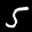
Label: 5